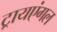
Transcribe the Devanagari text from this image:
ट्रायएंगल